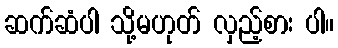
ဆက်ဆံပါ သို့မဟုတ် လှည့်စား ပါ။